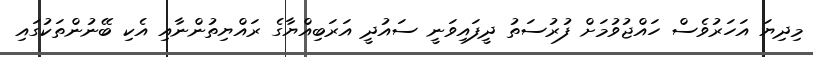
މިދިޔަ އަހަރުވެސް ހައްޖުވުމަށް ފުރުސަތު ދީފައިވަނީ ސައުދީ އަރަބިއްޔާގެ ރައްޔިތުންނާއި އެކި ބޭނުންތަކުގައި